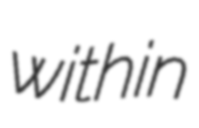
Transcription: within